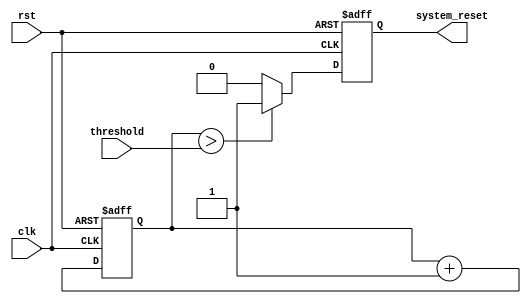
module WatchdogTimer (
  input wire clk,
  input wire rst,
  input wire threshold,
  output reg system_reset
);

reg [31:0] counter;

always @ (posedge clk or posedge rst) begin
  if (rst) begin
    counter <= 0;
    system_reset <= 0;
  end else begin
    counter <= counter + 1;
    if (counter > threshold) begin
      system_reset <= 1;
    end else begin
      system_reset <= 0;
    end
  end
end

endmodule